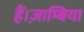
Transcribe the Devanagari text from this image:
हैं।ज़ाम्बिया